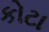
કોટા